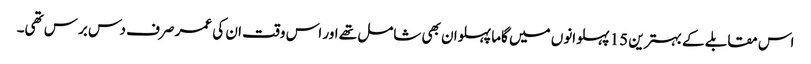
اس مقابلے کے بہترین 15 پہلوانوں میں گاما پہلوان بھی شامل تھے اور اس وقت ان کی عمر صرف دس برس تھی۔